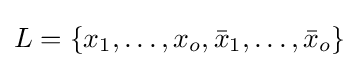
L=\{x_{1},\ldots ,x_{o},{\bar {x}}_{1},\ldots ,{\bar {x}}_{o}\}